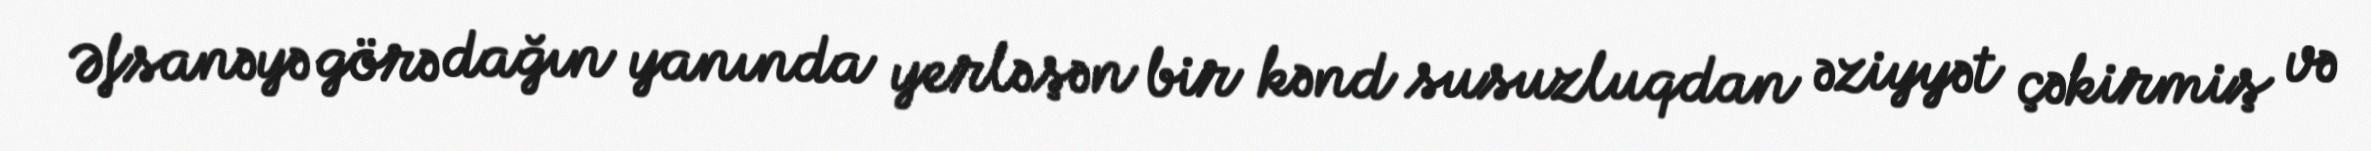
Əfsanəyə görə dağın yanında yerləşən bir kənd susuzluqdan əziyyət çəkirmiş və